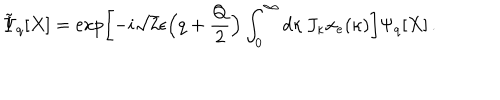
\tilde { \Psi } _ { q } [ X ] = \exp \left[ - i \sqrt { 2 } \epsilon \Bigl ( q + \frac { Q } { 2 } \Bigr ) \int _ { 0 } ^ { \infty } d \kappa \, J _ { \kappa } x _ { e } ( \kappa ) \right] \Psi _ { q } [ X ] \, .